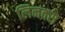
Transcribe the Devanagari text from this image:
लिनक्‍स